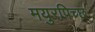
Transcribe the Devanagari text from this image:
मयुरपिच्छ